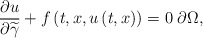
\begin{align*}\frac{\partial u}{\partial \widetilde{\gamma }}+f\left(t,x,u\left(t,x\right)\right)=0\;\partial \Omega , \end{align*}